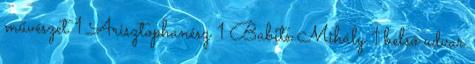
művészet 1 Arisztophanész 1 Babits Mihály 1 belső udvar